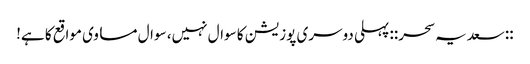
::سعدیہ سحر:: پہلی دوسری پوزیشن کا سوال نہیں، سوال مساوی مواقع کا ہے!